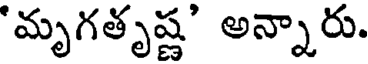
'మృగతృష్ణ' అన్నారు.